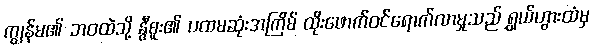
ကျွန်မ၏ ဘဝထဲသို့ နွီစူး၏ ပထမဆုံးအကြိမ် ထိုးဖောက်ဝင်ရောက်လာမှုသည် ရွှယ်ဟွားထံမှ